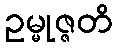
ဥမ္မုဇ္ဇတိ